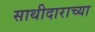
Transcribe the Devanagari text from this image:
साथीदाराच्या